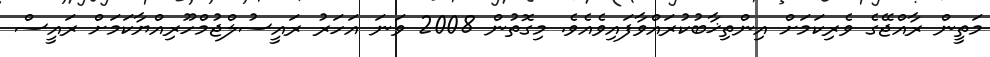
މަތީން ރާއްޖޭގެ ވެރިކަމަށް އިންތިޚާބުކުރައްވާފައިވެއެވެ. މިގޮތުން 2008 ވަނަ އަހަރު ރައީސުލްޖުމްހޫރިއްޔާކަމަށް ރައީސް